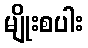
မျိုးစပါး